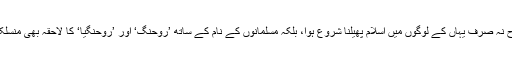
اس طرح نہ صرف یہاں کے لوگوں میں اسلام پھیلنا شروع ہوا، بلکہ مسلمانوں کے نام کے ساتھ ’روحنگ‘ اور ’روحنگیا‘ کا لاحقہ بھی منسلک ہوگیا۔